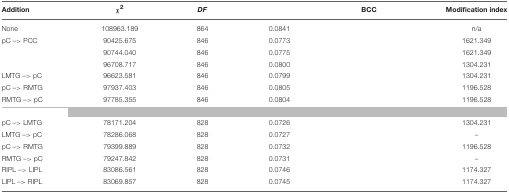
<table><thead><tr><td><b>Addition</b></td><td><b>χ<sup>2</sup></b></td><td><b><i>DF</i></b></td><td>[EMPTY_CELL]</td><td><b>BCC</b></td><td><b>Modification index</b></td></tr></thead><tbody><tr><td>None</td><td>108963.189</td><td>864</td><td>0.0841</td><td>[EMPTY_CELL]</td><td>n/a</td></tr><tr><td>pC –&gt; PCC</td><td>90425.675</td><td>846</td><td>0.0773</td><td>[EMPTY_CELL]</td><td>1621.349</td></tr><tr><td>[EMPTY_CELL]</td><td>90744.040</td><td>846</td><td>0.0775</td><td>[EMPTY_CELL]</td><td>1621.349</td></tr><tr><td>[EMPTY_CELL]</td><td>96708.717</td><td>846</td><td>0.0800</td><td>[EMPTY_CELL]</td><td>1304.231</td></tr><tr><td>LMTG –&gt; pC</td><td>96623.581</td><td>846</td><td>0.0799</td><td>[EMPTY_CELL]</td><td>1304.231</td></tr><tr><td>pC –&gt; RMTG</td><td>97937.403</td><td>846</td><td>0.0805</td><td>[EMPTY_CELL]</td><td>1196.528</td></tr><tr><td>RMTG –&gt; pC</td><td>97785.355</td><td>846</td><td>0.0804</td><td>[EMPTY_CELL]</td><td>1196.528</td></tr><tr><td colspan="6">[EMPTY_CELL]</td></tr><tr><td>pC –&gt; LMTG</td><td>78171.204</td><td>828</td><td>0.0726</td><td>[EMPTY_CELL]</td><td>1304.231</td></tr><tr><td>LMTG –&gt; pC</td><td>78286.068</td><td>828</td><td>0.0727</td><td>[EMPTY_CELL]</td><td>–</td></tr><tr><td>pC –&gt; RMTG</td><td>79399.889</td><td>828</td><td>0.0732</td><td>[EMPTY_CELL]</td><td>1196.528</td></tr><tr><td>RMTG –&gt; pC</td><td>79247.842</td><td>828</td><td>0.0731</td><td>[EMPTY_CELL]</td><td>–</td></tr><tr><td>RIPL –&gt; LIPL</td><td>83086.561</td><td>828</td><td>0.0746</td><td>[EMPTY_CELL]</td><td>1174.327</td></tr><tr><td>LIPL –&gt; RIPL</td><td>83069.857</td><td>828</td><td>0.0745</td><td>[EMPTY_CELL]</td><td>1174.327</td></tr></tbody></table>